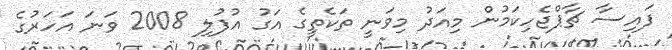
ފައިސާ ޗާޕްޖެހިކަމުން މިއަދު މިވަނީ ތަކެތީގެ އަގު އުފުލި 2008 ވަނަ އަހަރުގެ